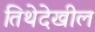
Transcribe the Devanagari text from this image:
तिथेदेखील